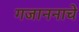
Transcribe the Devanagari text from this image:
गजाननाचे